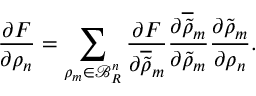
\frac { \partial F } { \partial \rho _ { n } } = \sum _ { \rho _ { m } \in \mathcal { B } _ { R } ^ { n } } \frac { \partial F } { \partial \overline { { \tilde { \rho } } } _ { m } } \frac { \partial \overline { { \tilde { \rho } } } _ { m } } { \partial \widetilde { \rho } _ { m } } \frac { \partial \tilde { \rho } _ { m } } { \partial \rho _ { n } } .